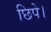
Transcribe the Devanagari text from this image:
छिपे।